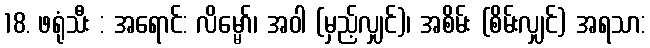
18. ဖရုံသီး : အရောင်: လိမ္မော်၊ အဝါ (မှည့်လျှင်)၊ အစိမ်း (စိမ်းလျှင်) အရသာ: